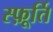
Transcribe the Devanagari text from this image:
स्फ़ूर्ति